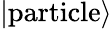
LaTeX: \left|\textrm{particle}\right\rangle